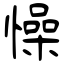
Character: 懆